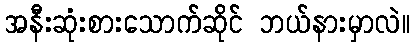
အနီးဆုံးစားသောက်ဆိုင် ဘယ်နားမှာလဲ။